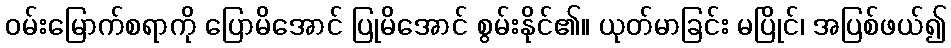
ဝမ်းမြောက်စရာကို ပြောမိအောင် ပြုမိအောင် စွမ်းနိုင်၏။ ယုတ်မာခြင်း မပြိုင်၊ အပြစ်ဖယ်၍